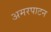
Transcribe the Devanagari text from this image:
अमरपाटन